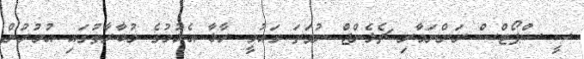
ސީ ސްޕޯޓްސް ރަންނަމާރި ޗެލެންޖް ނުވަތަ ގައުމީ ރާޅާ އެޅުމުގެ މުބާރާތުގައި އުމުރުން